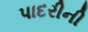
પાદરીની